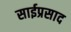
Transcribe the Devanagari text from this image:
साईप्रसाद